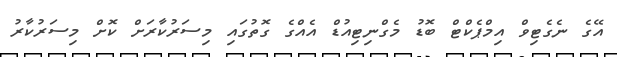
އޭގެ ނެގެޓިވް އިމްޕެކްޓް ބޮޑު މެގްނިޓިއުޑް އެއްގެ ގޮތުގައި މިސަރުކާރަށް ކޮށް މިސަރުކާރު